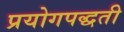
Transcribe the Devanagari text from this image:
प्रयोगपद्धती